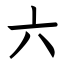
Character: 六